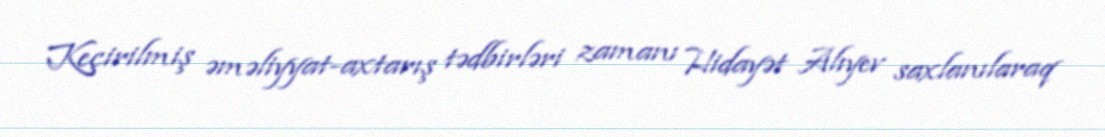
Keçirilmiş əməliyyat-axtarış tədbirləri zamanı Hidayət Alıyev saxlanılaraq